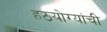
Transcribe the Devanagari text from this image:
हठयोग्यांची